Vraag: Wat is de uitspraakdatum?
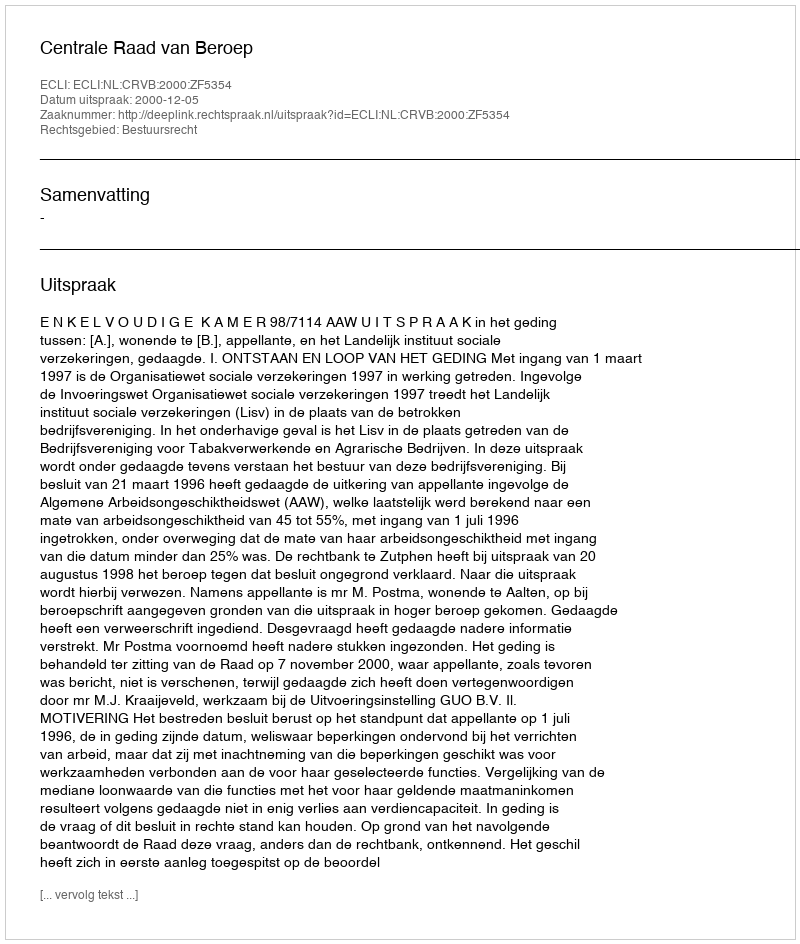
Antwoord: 2000-12-05